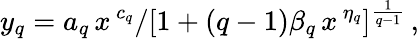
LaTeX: y_{q}=a_{q}\, x^{\, c_{q}}/[1+(q-1)\beta_{q}\, x^{\, \eta_{q}}]^{\frac{1}{q-1}}\, ,